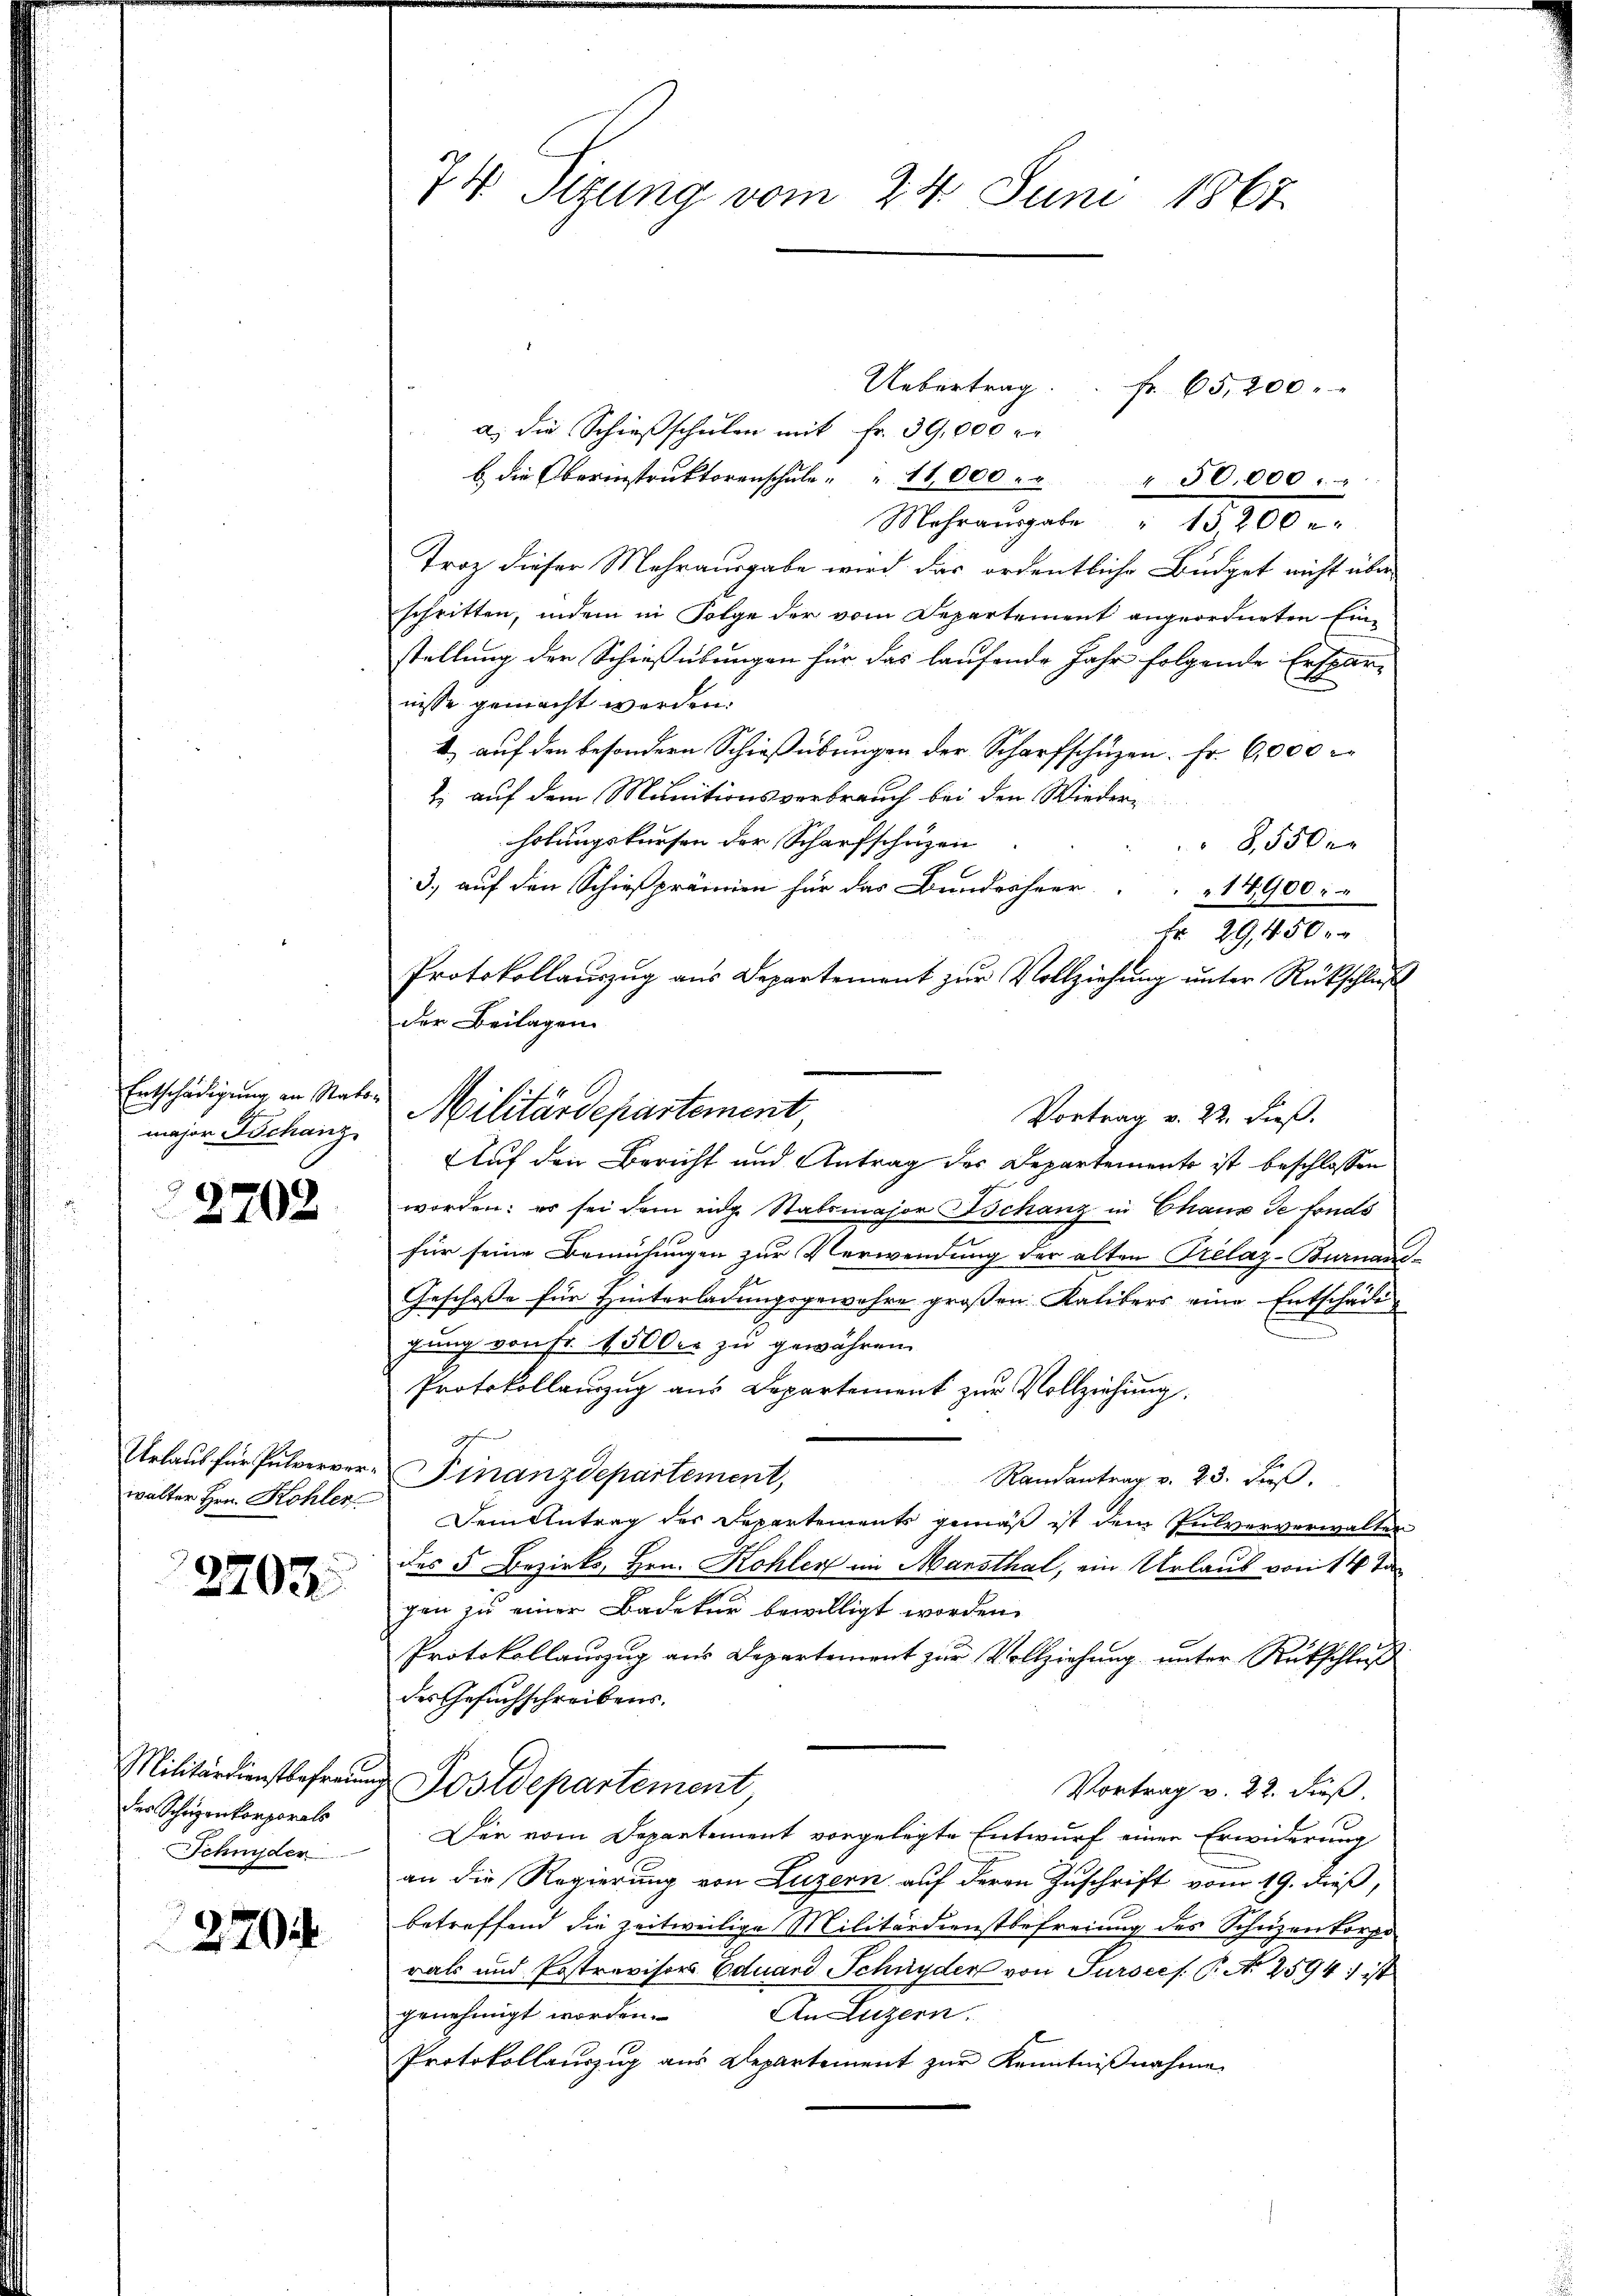
Entschädigung an Rats-
major Schanz

2702

Urlaus für Pulververwalter Hrn. Kohler

2702

Militärdienstbefraue
des Schazenkorporats
Schnyder

2704

74 Sizung vom 24. Juni 1867.

Uebertrag.. fr. 65,200
a.) die Schießschulen mit Fr. 39,000 r
 die Oberinstrŭktorenschŭle " " 11,000 " " " 50,000.
Mehrangabe 18900
Troz dieser Mehrausgabe wird das ordentliche Büdget nicht über
schritten, indem in Folge der vom Departement angeordneten Einstellung der Schießübungen für das laufende Jahr folgende Ersparnisse gemacht werden.
1) auf den besondern Schießübungen der Scharfschuzen. Fr. 6000
2. auf dem Munitionsverbrauch bei den Wiederholungskursen der Scharfschrizen
8,550
3.) auf den Schießprämien für das Bundesheer
14900.
Fr. 29, 450 f
Protokollauszug aus Departement zur Vollziehung unter Rückschluß
der Beilagen.
Vortrag v. 22. dieß.
Auf den Bericht und Antrag des Departements ist beschlossen
worden: es sei dem eidg. Stabsmajor Schanz in Chaus de fonds
für seine Bemühungen zur Verwendung der alten Prelaz-Burnaus-
Geschoße für Hinterladungsgewahre großen Kalibers eine Entschädigung von Fr. 1500 er zu gewähren.
Protokollauszug aus Departement zur Vollziehung.
7
Finanzdepartement,
Randantrag v. 23. Fuß.
Dem Antrag der Departements gemäß ist dem Pulververwalter
des 5 Bezirks, Hrn. Kohler im Mansthal, ein Urlaub von 14 Ta
gen zu einer Badetur bewilligt worden.
Protokollauszug aus Departement zur Vollziehung unter Rückschluß
des Gesuchschreibens.
Postdepartement
Vortrag v. 22. dieß.
Der vom Departement vorgelegte Entwurf einer Erwiderung
an die Regierung von Luzern auf deren Zuschrift vom 19. dieß,
betreffend die zeitweilige Militärdienstbefreiung des Schuzenkorpo
rats und Postrevisors Eduard Schnyder von Sursees P. N. 2594) ist
An Luzern.
genehmigt worden.
Protokollauszug aus Departement zur Kenntnißnahme

Militärdepartement